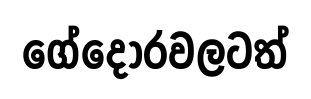
ගේදොරවලටත්